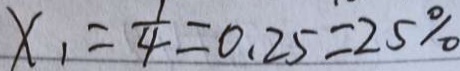
x _ { 1 } = \frac { 1 } { 4 } = 0 . 2 5 = 2 5 \%